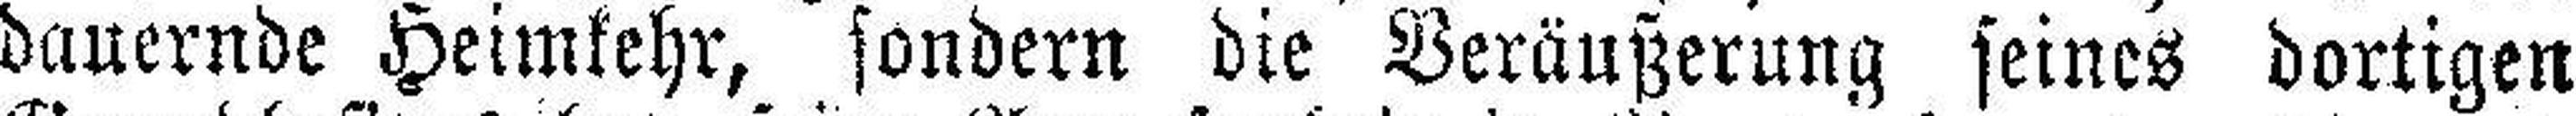
dauernde Heimkehr, sondern die Veräußerung seines dortigen